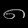
Digit: ၈